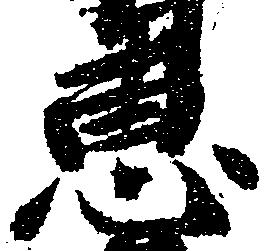
恵